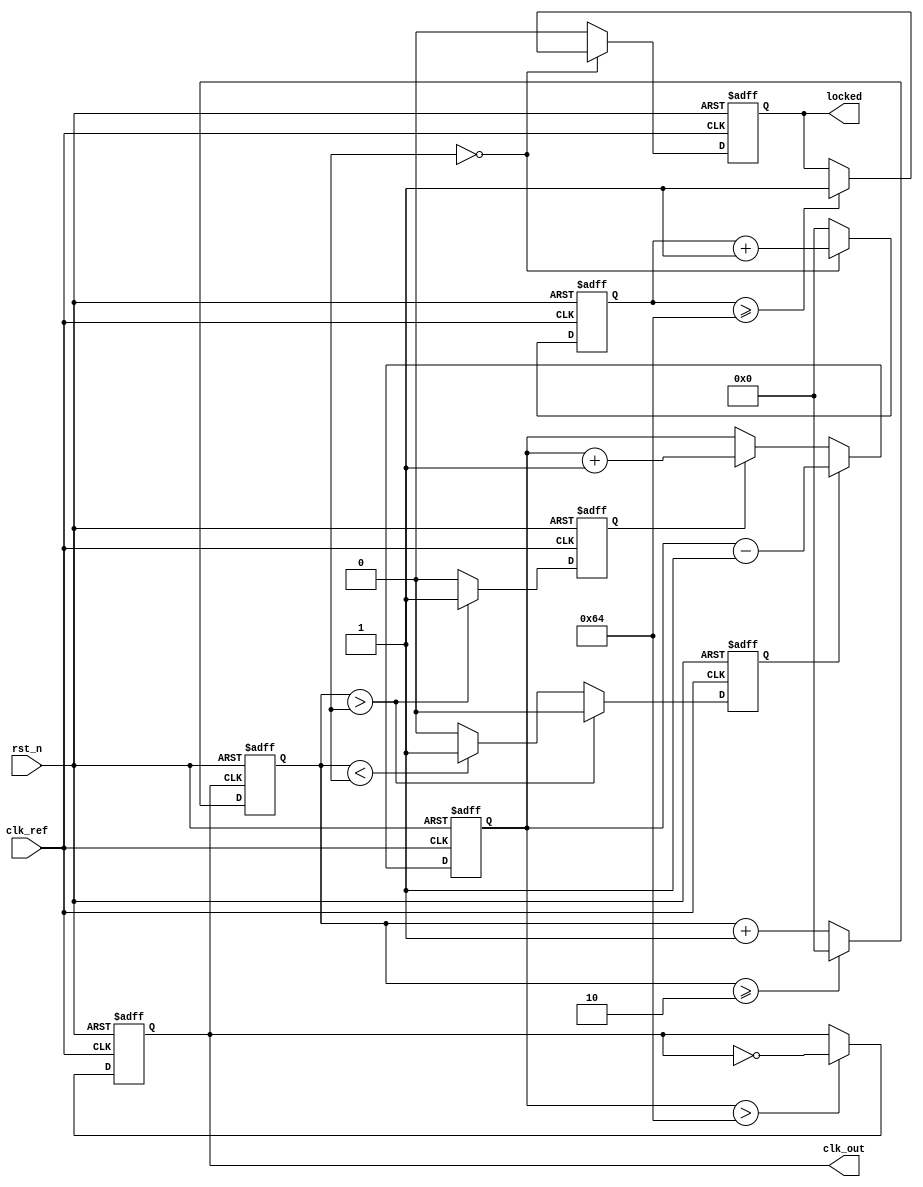
module Parameterized_PLL #(
    parameter INPUT_FREQUENCY = 50_000_000, // Reference clock frequency in Hz
    parameter OUTPUT_FREQUENCY = 100_000_000, // Desired output frequency in Hz
    parameter FEEDBACK_DIVIDER = 2, // Divider value for feedback path
    parameter PHASE_OFFSET = 0, // Phase offset in degrees
    parameter LOCK_TIME = 100 // Lock time constant (in clock cycles)
)(
    input wire clk_ref, // Reference clock input
    input wire rst_n, // Active low reset
    output reg clk_out, // Output clock
    output reg locked // Lock status output
);

    // Internal signals
    reg [31:0] vco_freq; // VCO frequency control value
    reg [31:0] feedback; // Feedback divider output
    reg up, down; // Signals from the Phase Frequency Detector
    reg [31:0] control_voltage; // Control voltage for VCO
    reg [31:0] loop_filter; // Loop filter output
    reg [31:0] phase_error; // Phase error signal
    reg [31:0] lock_counter; // Lock detection counter

    // Phase Frequency Detector (PFD)
    always @(posedge clk_ref or negedge rst_n) begin
        if (!rst_n) begin
            up <= 0;
            down <= 0;
        end else begin
            // Phase comparison logic (simple example)
            if (feedback > phase_error) begin
                up <= 1;
                down <= 0;
            end else if (feedback < phase_error) begin
                up <= 0;
                down <= 1;
            end else begin
                up <= 0;
                down <= 0;
            end
        end
    end

    // Charge Pump
    always @(posedge clk_ref or negedge rst_n) begin
        if (!rst_n) begin
            control_voltage <= 0;
        end else begin
            if (up) control_voltage <= control_voltage + 1;
            if (down) control_voltage <= control_voltage - 1;
        end
    end

    // Voltage-Controlled Oscillator (VCO)
    always @(posedge clk_ref or negedge rst_n) begin
        if (!rst_n) begin
            vco_freq <= OUTPUT_FREQUENCY;
            clk_out <= 0;
        end else begin
            // Simple VCO behavior (toggle based on control voltage)
            if (control_voltage > 100) begin
                clk_out <= ~clk_out; // Toggle output clock
            end
        end
    end

    // Frequency Divider
    always @(posedge clk_out or negedge rst_n) begin
        if (!rst_n) begin
            feedback <= 0;
        end else begin
            feedback <= feedback + 1;
            if (feedback >= FEEDBACK_DIVIDER) begin
                feedback <= 0; // Reset feedback counter
            end
        end
    end

    // Loop Filter (simple integrator)
    always @(posedge clk_ref or negedge rst_n) begin
        if (!rst_n) begin
            loop_filter <= 0;
        end else begin
            loop_filter <= loop_filter + control_voltage; // Integrate control voltage
        end
    end

    // Lock Detection Logic
    always @(posedge clk_ref or negedge rst_n) begin
        if (!rst_n) begin
            locked <= 0;
            lock_counter <= 0;
        end else begin
            if (phase_error == 0) begin
                lock_counter <= lock_counter + 1;
                if (lock_counter >= LOCK_TIME) begin
                    locked <= 1; // PLL is locked
                end
            end else begin
                lock_counter <= 0; // Reset if phase error is detected
                locked <= 0;
            end
        end
    end

endmodule